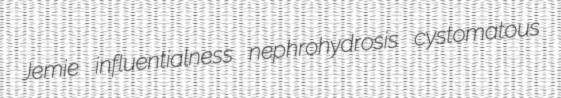
Jemie influentialness nephrohydrosis cystomatous